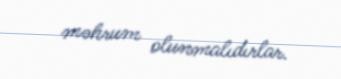
məhrum olunmalıdırlar.